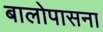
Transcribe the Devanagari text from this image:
बालोपासना